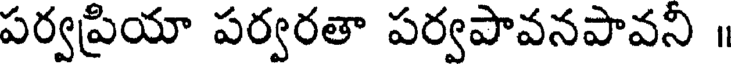
పర్వప్రియా పర్వరతా పర్వపావనపావని ॥